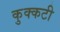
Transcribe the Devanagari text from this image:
कुक्कटी